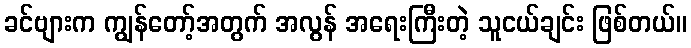
ခင်ဗျားက ကျွန်တော့်အတွက် အလွန် အရေးကြီးတဲ့ သူငယ်ချင်း ဖြစ်တယ်။